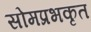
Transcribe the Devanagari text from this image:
सोमप्रभकृत